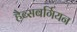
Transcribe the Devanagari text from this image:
हैब्सबर्गियन